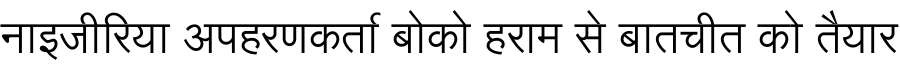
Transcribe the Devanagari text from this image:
नाइजीरिया अपहरणकर्ता बोको हराम से बातचीत को तैयार